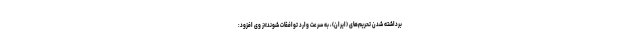
برداشته شدن تحریم‌های (ایران)، به سرعت وارد توافقات شوند»ز وی افزود: